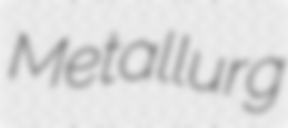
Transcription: Metallurg